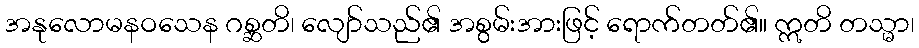
အနုလောမနဝသေန ဂစ္ဆတိ၊ လျော်သည်၏ အစွမ်းအားဖြင့် ရောက်တတ်၏။ ဣတိ တသ္မာ၊